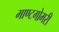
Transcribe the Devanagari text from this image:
माण्टगोमरी